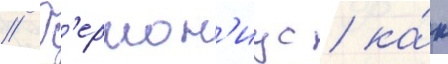
// Г'ермон'иус / ка́к